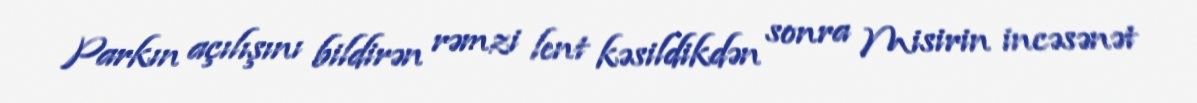
Parkın açılışını bildirən rəmzi lent kəsildikdən sonra Misirin incəsənət